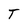
Character: T